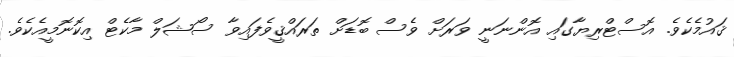
ޤައުމެކެވެ. އޮސްޓްރިޔާގައި އޮންނަނީ ވަރަށް ވެސް ބޮޑަށް ތަރައްޤީވެފައިވާ ސޯޝަލް މާކެޓް އިކޮނޮމީއެކެވެ.